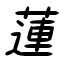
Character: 蓮